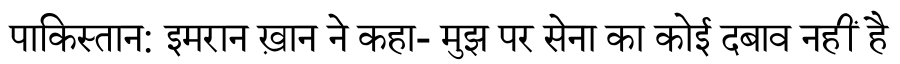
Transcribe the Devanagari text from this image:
पाकिस्तान: इमरान ख़ान ने कहा- मुझ पर सेना का कोई दबाव नहीं है